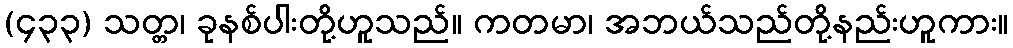
(၄၃၃) သတ္တ၊ ခုနစ်ပါးတို့ဟူသည်။ ကတမာ၊ အဘယ်သည်တို့နည်းဟူကား။